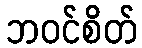
ဘဝင်စိတ်